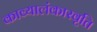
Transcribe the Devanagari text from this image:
काव्यालंकारवृति